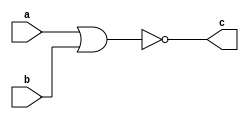
module xor_gate(c,a,b);
    input a,b;
    output c;
    reg c;
    always @(a,b)
    c = !(a|b);
    
endmodule